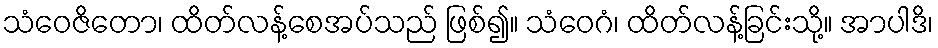
သံဝေဇိတော၊ ထိတ်လန့်စေအပ်သည် ဖြစ်၍။ သံဝေဂံ၊ ထိတ်လန့်ခြင်းသို့။ အာပါဒိ၊